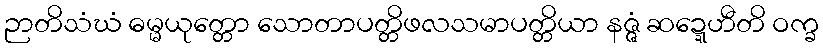
ဉာတိသံဃံ ဓမ္မယုတ္တော သောတာပတ္တိဖလသမာပတ္တိယာ နဇ္ဇံ ဆဍ္ဍေဟီတိ ဝက္ခ